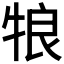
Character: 𰠵